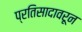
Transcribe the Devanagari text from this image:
प्रतिसादावरून